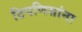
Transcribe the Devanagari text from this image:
टिपणिसांना